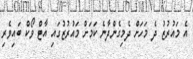
އެ މައުރުޒު ދެ މަހަށް ދެމިގެންދާނެ ކަމަށް މައުރުޒުގައި އާޓް ވޯކް ބައިވެރި